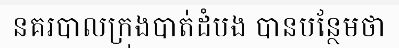
នគរបាលក្រុងបាត់ដំបង បានបន្ថែមថា